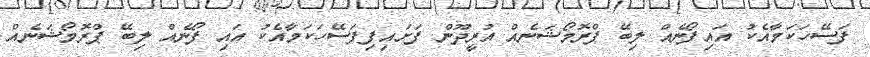
ފަސޭހަކަމާއެކު އައިފޯނެއް ލިބޭ ޕްރޮމޯޝަނެއް އުރީދޫން ފަށައިފިފަސޭހަކަމާއެކު އައި ފޯނެއް ލިބޭ ޕްރޮމޯޝަނެއް